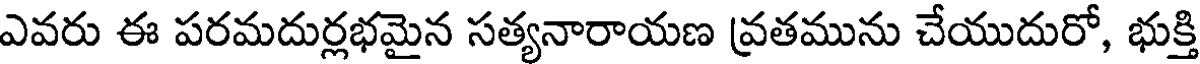
ఎవరు ఈ పరమదుర్లభమైన సత్యనారాయణ వ్రతమును చేయుదురో, భుక్తి